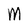
Character: M